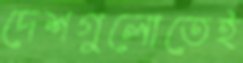
দেশগুলোতেই